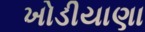
ખોડીયાણા